Lunatic asylums in Bengal annual reports 1912-1924 - 1912-1924
Year: 1912
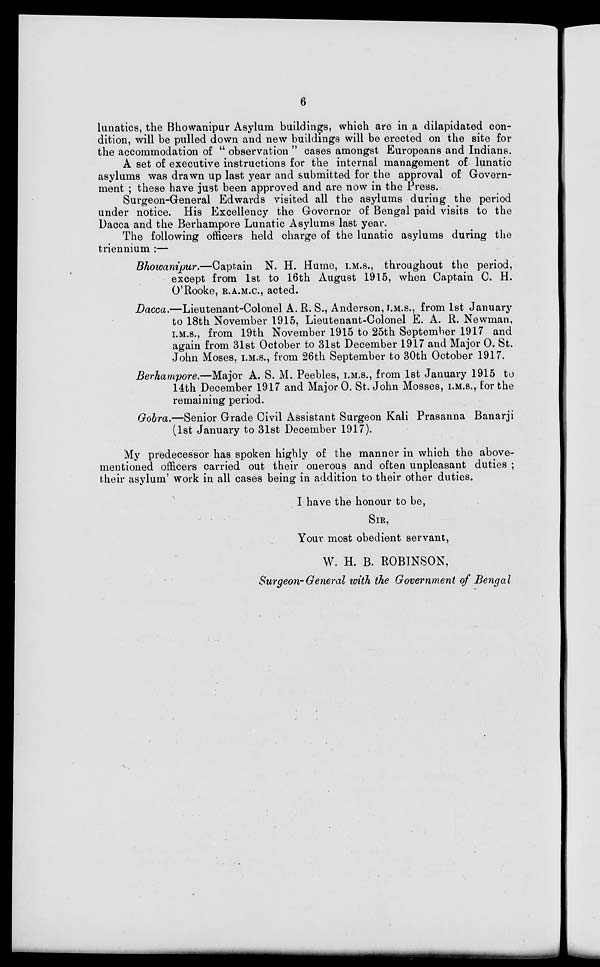
6
lunatics, the Bhowanipur Asylum buildings, which are in a dilapidated con-
dition, will be pulled down and new buildings will be erected on the site for
the accommodation of " observation " cases amongst Europeans and Indians.
A set of executive instructions for the internal management of lunatic
asylums was drawn up last year and submitted for the approval of Govern-
ment ; these have just been approved and are now in the Press.
Surgeon-General Edwards visited all the asylums during the period
under notice. His Excellency the Governor of Bengal paid visits to the
Dacca and the Berhampore Lunatic Asylums last year.
The following officers held charge of the lunatic asylums during the
triennium :—
Bhowanipur.—Captain
N. H. Hume, I.M.S., throughout the period,
except from 1st to 16th August 1915, when Captain C. H.
O'Rooke, R.A.M.C., acted.
Dacca.—Lieutenant-Colonel A. R. S., Anderson, I.M.S., from 1st January
to 18th November 1915, Lieutenant-Colonel E. A. R. Newman,
I.M.S., from 19th November 1915 to 25th September 1917 and
again from 31st October to 31st December 1917 and Major O. St.
John Moses, I.M.S., from 26th September to 30th October 1917.
Berhampore.—Major A. S. M. Peebles, I.M.S., from 1st January 1915 to
14th December 1917 and Major O. St. John Mosses, I.M.S., for the
remaining period.
Gobra.—Senior Grade Civil Assistant Surgeon Kali Prasanna Banarji
(1st January to 31st December 1917).
My predecessor has spoken highly of the manner in which the above-
mentioned officers carried out their onerous and often unpleasant duties ;
their asylum' work in all cases being in addition to their other duties.
I have the honour to be,
SIR,
Your most obedient servant,
W. H. B. ROBINSON.
Surgeon-General with the Government of Bengal